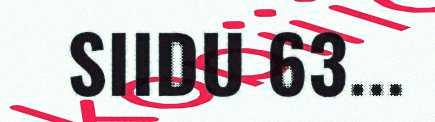
SIIDU 63...